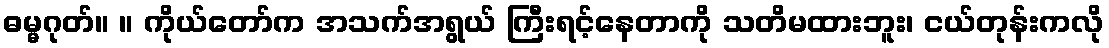
ဓမ္မဂုတ်။ ။ ကိုယ်တော်က အသက်အရွယ် ကြီးရင့်နေတာကို သတိမထားဘူး၊ ငယ်တုန်းကလို